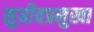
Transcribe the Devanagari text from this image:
सुग्रीवप्रमुखा